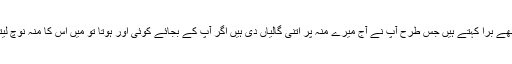
آپ بھی مجھے بُرا کہتے ہیں جس طرح آپ نے آج میرے منہ پر اتنی گالیاں دی ہیں اگر آپ کے بجائے کوئی اور ہوتا تو میں اس کا منہ نوچ لیتی مگر آپ۔